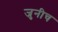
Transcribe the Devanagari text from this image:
जुनीच